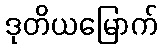
ဒုတိယမြောက်